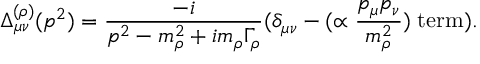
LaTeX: \Delta _ { \mu \nu } ^ { ( \rho ) } ( p ^ { 2 } ) = \frac { - i } { p ^ { 2 } - m _ { \rho } ^ { 2 } + i m _ { \rho } \Gamma _ { \rho } } ( \delta _ { \mu \nu } - ( \propto \frac { p _ { \mu } p _ { \nu } } { m _ { \rho } ^ { 2 } } ) \; \mathrm { t e r m } ) .